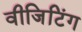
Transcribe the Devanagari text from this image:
वीजिटिंग